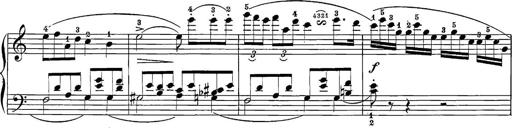
Title: 12 Sonatine per Pianoforte
Composer: Friedrich Kuhlau